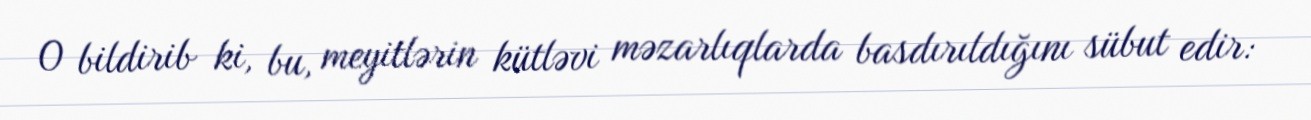
O bildirib ki, bu, meyitlərin kütləvi məzarlıqlarda basdırıldığını sübut edir: